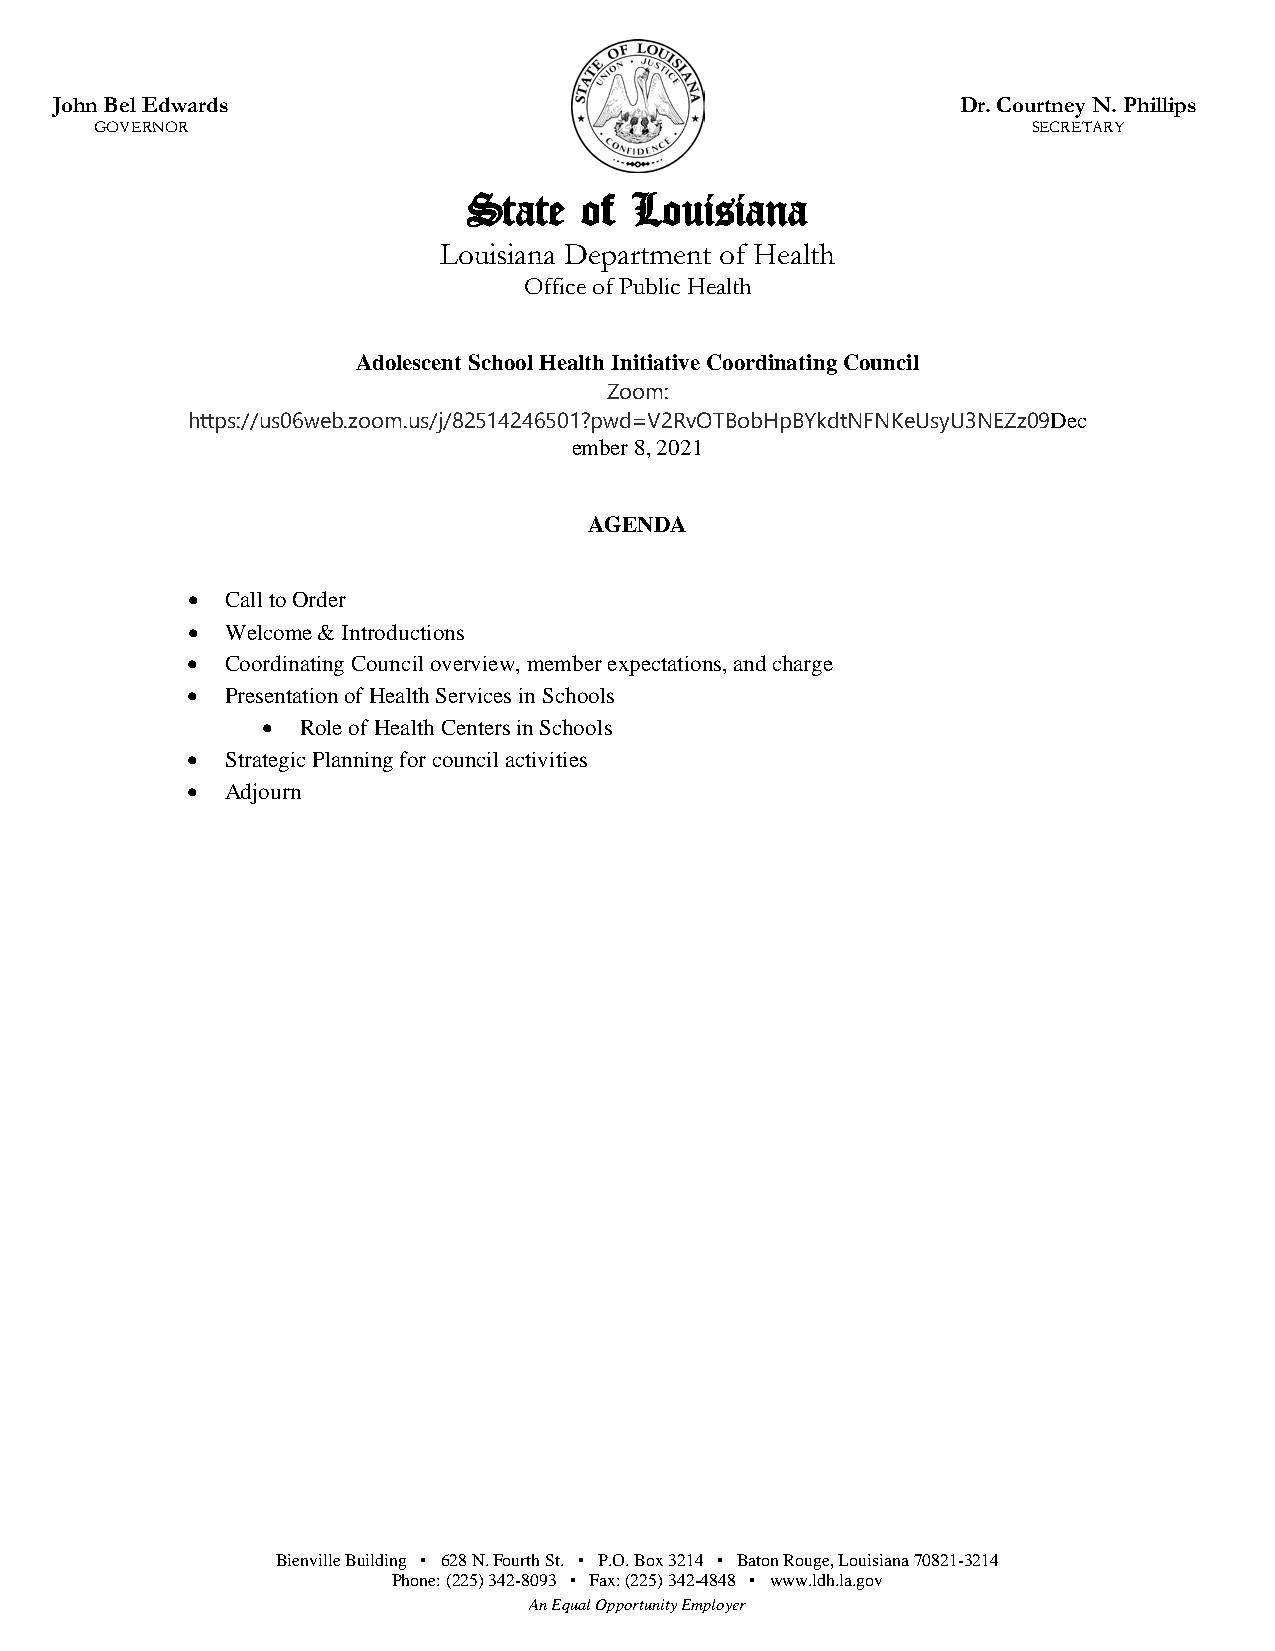
John Bel Edwards                                            Dr. Courtney N. Phillips
 GOVERNOR                                                      SECRETARY
 State   of L ouisiana
 Louisiana Department of Health
 Office of Public Health
 Adolescent School Health Initiative Coordinating Council
 Zoom:
 https://us06web.zoom.us/j/82514246501?pwd=V2RvOTBobHpBYkdtNFNKeUsyU3NEZz09Dec
 ember 8, 2021
 AGENDA
 •  Call to Order
 •  Welcome & Introductions
 •  Coordinating Council overview, member expectations, and charge
 •  Presentation of Health Services in Schools
 •  Role of Health Centers in Schools
 •  Strategic Planning for council activities
 •  Adjourn
 Bienville Building ▪ 628 N. Fourth St. ▪ P.O. Box 3214 ▪ Baton Rouge, Louisiana 70821-3214
 Phone: (225) 342-8093 ▪ Fax: (225) 342-4848 ▪ www.ldh.la.gov
 An Equal Opportunity Employer